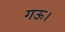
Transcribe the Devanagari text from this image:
गऊ।